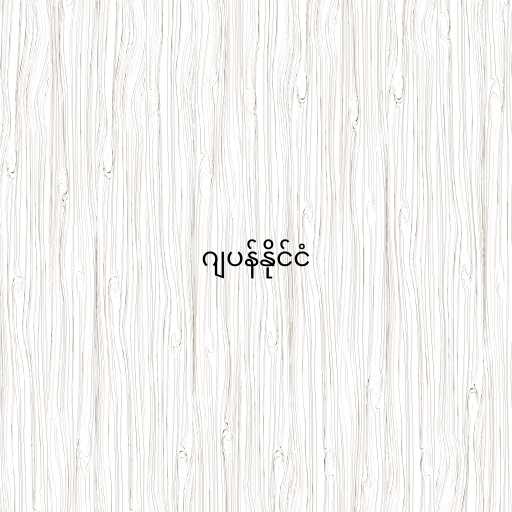
ဂျပန်နိုင်ငံ